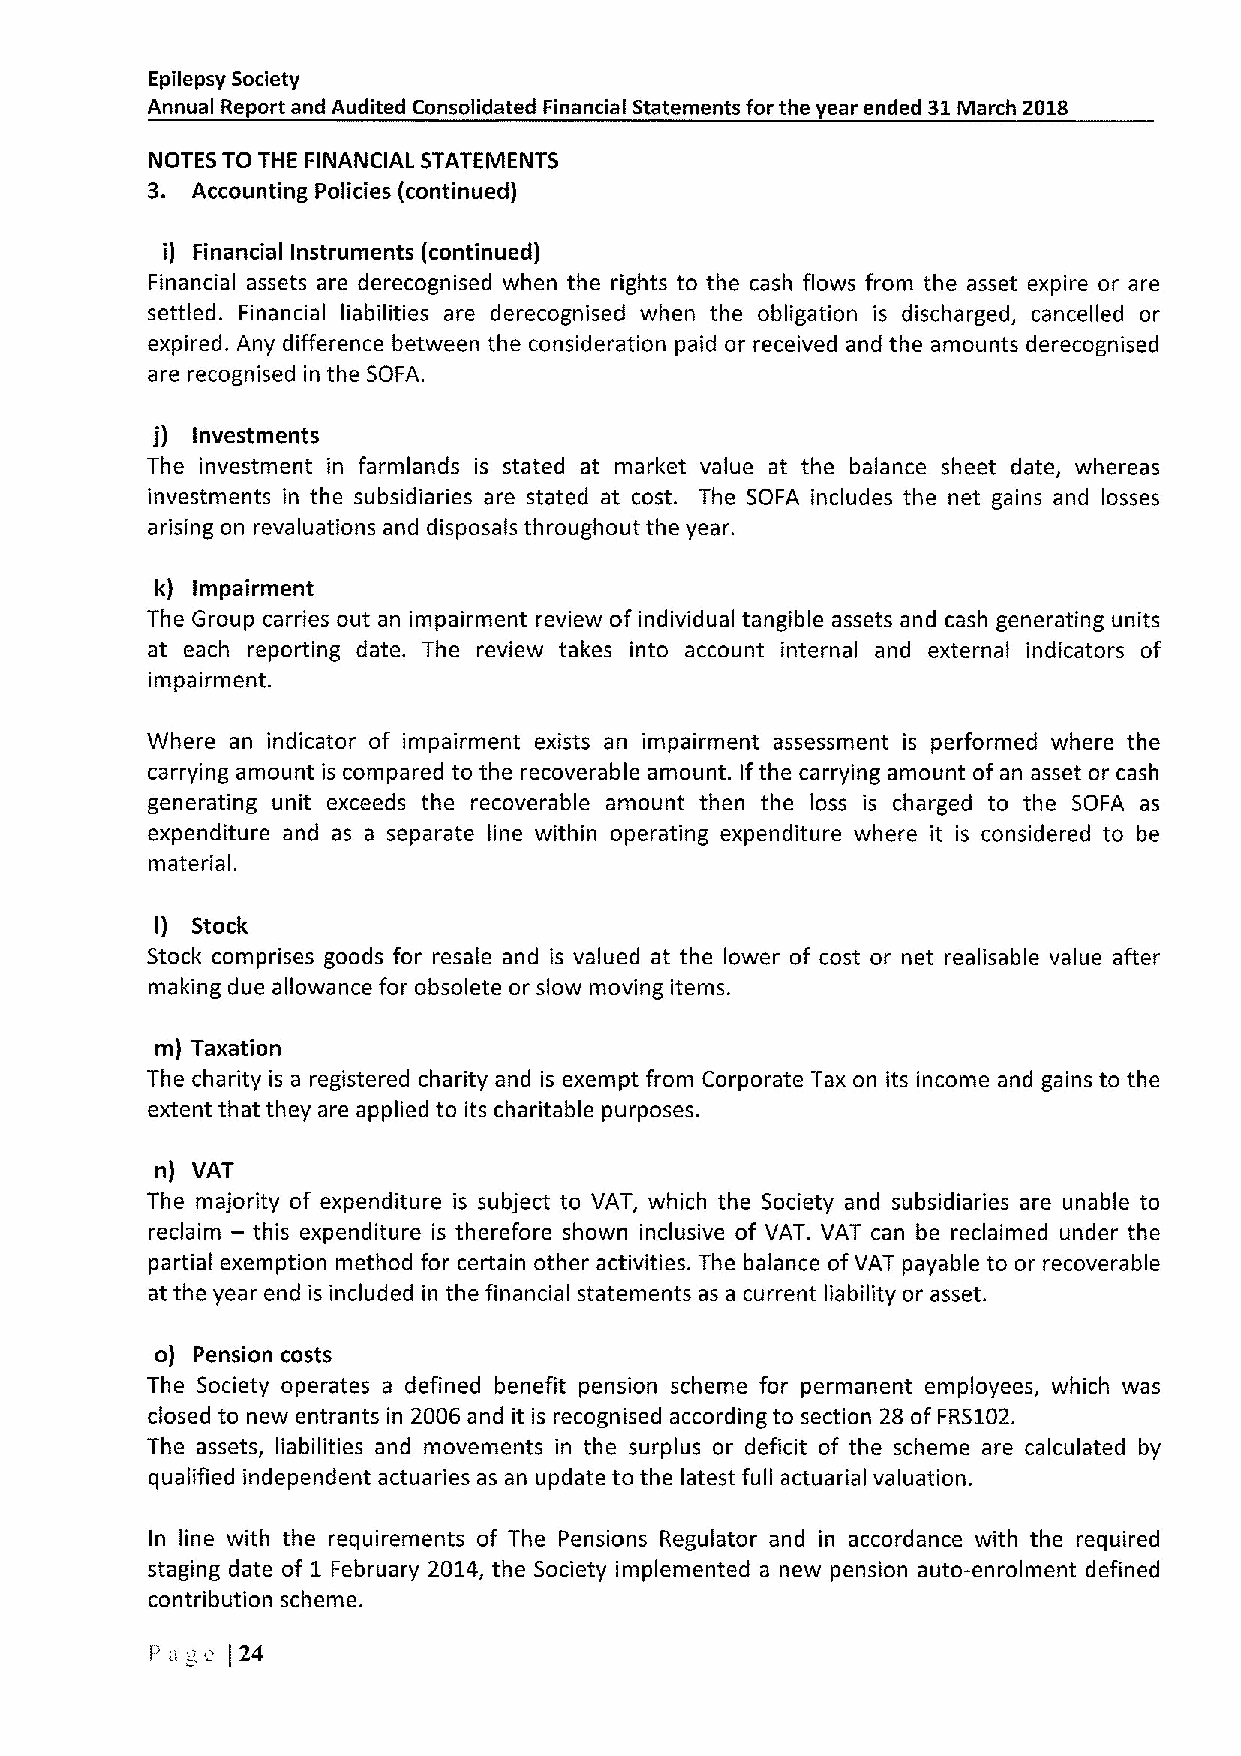
Epilepsy Society
 Annual Report and Audited Consolidated Financial Statements for the year ended 31March 2018
 NOTES TO THE FINANCIAL STATEMENTS
 3. Accounting Policies (continued)
 i) Financial Instruments (continued)
 Financial assets are derecognised when the rights to the cash flows from the asset expire or are
 settled. Financial liabilities are derecognised when the obligation is discharged, cancelled or
 expired. Any difference between the consideration paid or received and the amounts derecognised
 are recognised in the SOFA.
 j) Investments
 The investment in farmlands is stated at market value at the balance sheet date, whereas
 investments in the subsidiaries are stated at cost. The SOFA includes the net gains and losses
 arising on revaluations and disposals throughout the year.
 k) Impairment
 The Group carries out an impairment review of individual tangible assets and cash generating units
 at each reporting date. The review takes into account internal and external indicators of
 impairment.
 Where an indicator of impairment exists an impairment assessment is performed where the
 carrying amount is compared to the recoverable amount. Ifthe carrying amount of an asset or cash
 generating unit exceeds the recoverable amount then the loss is charged to the SOFA as
 expenditure and as a separate line within operating expenditure where it is considered to be
 material.
 I) Stock
 Stock comprises goods for resale and is valued at the lower of cost or net realisable value after
 making due allowance for obsolete or slow moving items.
 m) Taxation
 The charity is a registered charity and is exempt from Corporate Tax on its income and gains to the
 extent that they are applied to its charitable purposes.
 n) VAT
 The majority of expenditure is subject to VAT, which the Society and subsidiaries are unable to
 —
 reclaim this expenditure is therefore shown inclusive of VAT. VAT can be reclaimed under the
 partial exemption method for certain other activities. The balance ofVAT payable to or recoverable
 at the year end is included in the financial statements as a current liability or asset.
 o) Pension costs
 The Society operates a defined benefit pension scheme for permanent employees, which was
 closed to new entrants in 2006 and it is recognised according to section 28 of FRS102.
 The assets, liabilities and movements in the surplus or deficit of the scheme are calculated by
 qualified independent actuaries as an update to the latest full actuarial valuation.
 In line with the requirements of The Pensions Regulator and in accordance with the required
 staging date of 1 February 2014, the Society implemented a new pension auto-enrolment defined
 contribution scheme.
 Pa  c i24